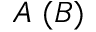
A ~ ( B )